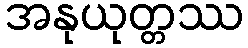
အနုယုတ္တဿ